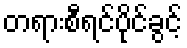
တရားစီရင်ပိုင်ခွင့်